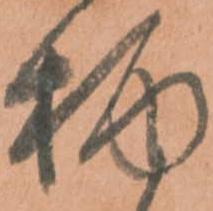
柄